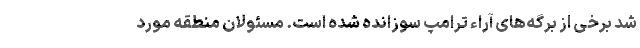
شد برخی از برگه‌های آراء ترامپ سوزانده شده است. مسئولان منطقه مورد